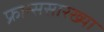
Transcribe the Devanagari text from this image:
फ्रान्ससारख्या